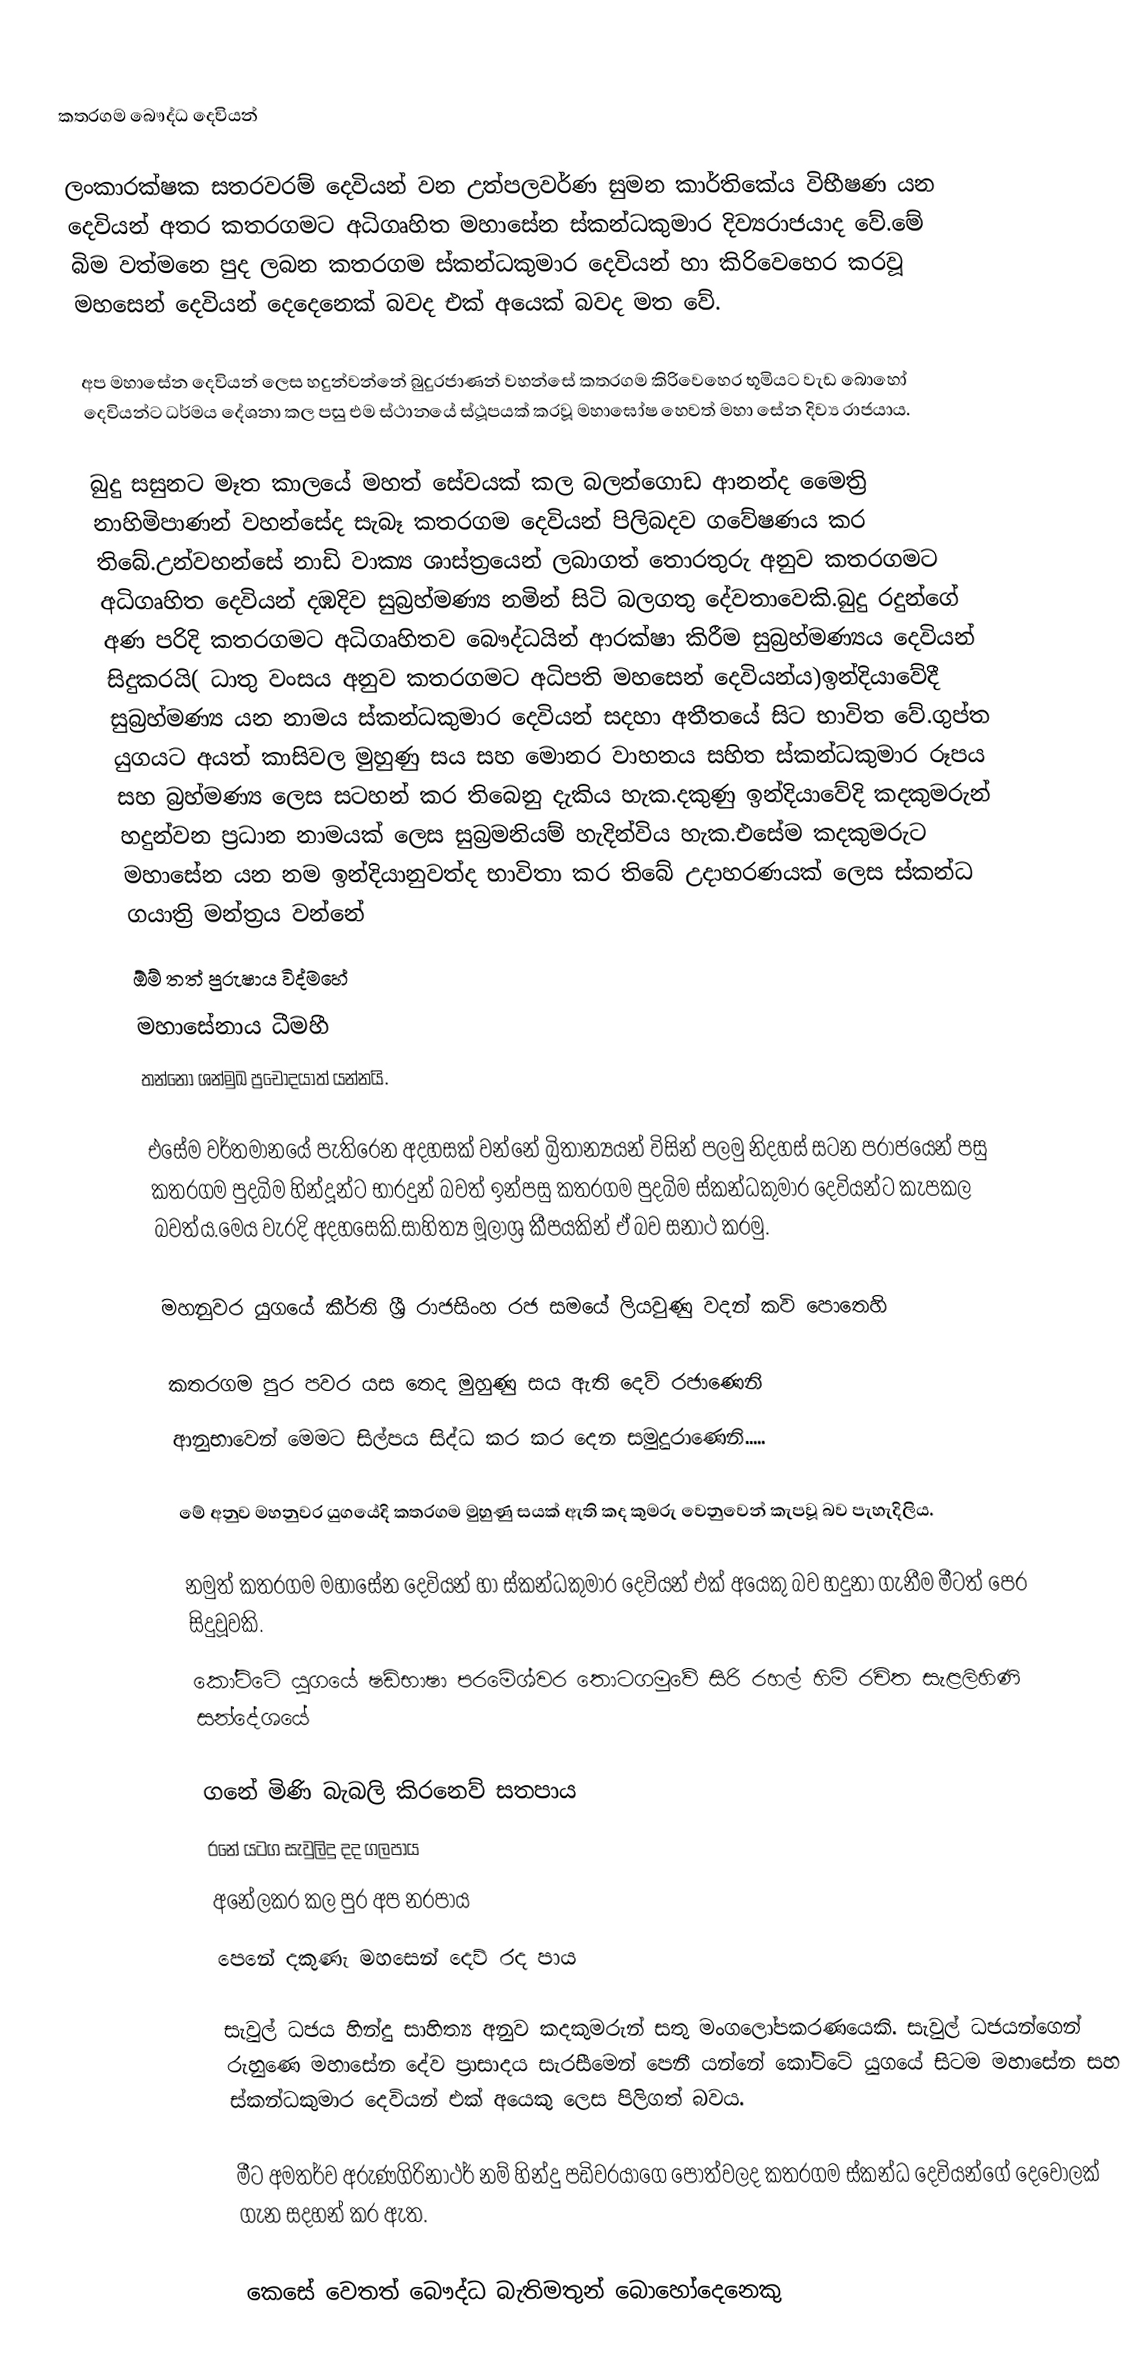
කතරගම බෞද්ධ  දෙවියන්

ලංකාරක්ෂක සතරවරම් දෙවියන් වන උත්පලවර්ණ සුමන කාර්තිකේය විභීෂණ යන දෙවියන් අතර කතරගමට අධිගෘහිත මහාසේන ස්කන්ධකුමාර දිව්‍යරාජයාද වේ.මේ බිම වත්මනෙ පුද ලබන කතරගම ස්කන්ධකුමාර දෙවියන් හා කිරිවෙහෙර කරවූ මහසෙන් දෙවියන් දෙදෙනෙක් බවද එක් අයෙක් බවද මත වේ.

අප මහාසේන දෙවියන් ලෙස හදුන්වන්නේ බුදුරජාණන් වහන්සේ කතරගම කිරිවෙහෙර භූමියට වැඩ බොහෝ දෙවියන්ට ධර්මය දේශනා කල පසු එම ස්ථානයේ ස්ථූපයක් කරවූ මහාඝෝෂ හෙවත් මහා සේන දිව්‍ය රාජයාය.

බුදු සසුනට මෑත කාලයේ මහත් සේවයක් කල බලන්ගොඩ ආනන්ද මෛත්‍රි නාහිමිපාණන් වහන්සේද සැබෑ කතරගම දෙවියන් පිලිබදව ගවේෂණය කර තිබේ.උන්වහන්සේ නාඩි වාක්‍ය ශාස්ත්‍රයෙන් ලබාගත් තොරතුරු අනුව කතරගමට අධිගෘහිත දෙවියන් දඹදිව සුබ්‍රහ්මණ්‍ය නමින් සිටි බලගතු දේවතාවෙකි.බුදු රදුන්ගේ අණ පරිදි කතරගමට අධිගෘහිතව බෞද්ධයින් ආරක්ෂා කිරීම සුබ්‍රහ්මණ්‍යය දෙවියන් සිදුකරයි( ධාතු වංසය අනුව කතරගමට අධිපති මහසෙන් දෙවියන්ය)ඉන්දියාවේදී සුබ්‍රහ්මණ්‍ය යන නාමය ස්කන්ධකුමාර දෙවියන් සදහා අතීතයේ සිට භාවිත වේ.ගුප්ත යුගයට අයත් කාසිවල මුහුණු සය සහ මොනර වාහනය සහිත ස්කන්ධකුමාර රූපය සහ බ්‍රහ්මණ්‍ය ලෙස සටහන් කර තිබෙනු දැකිය හැක.දකුණු ඉන්දියාවේදි කදකුමරුන් හදුන්වන ප්‍රධාන නාමයක් ලෙස සුබ්‍රමනියම් හැදින්විය හැක.එසේම කදකුමරුට මහාසේන යන නම ඉන්දියානුවත්ද භාවිතා කර තිබේ උදාහරණයක් ලෙස ස්කන්ධ ගයාත්‍රි මන්ත්‍රය වන්නේ
ඕම් තත් පුරුෂාය විද්මහේ
මහාසේනාය ධීමහී
තන්නෝ ශන්මුඛ ප්‍රචෝදයාත් යන්නයි.

එසේම වර්තමානයේ පැතිරෙන අදහසක් වන්නේ බ්‍රිතාන්‍යයන් විසින් පලමු නිදහස් සටන පරාජයෙන් පසු කතරගම පුදබිම හින්දූන්ට භාරදුන් බවත් ඉන්පසු කතරගම පුදබිම ස්කන්ධකුමාර දෙවියන්ට කැපකල බවත්ය.මෙය වැරදි අදහසෙකි.සාහිත්‍ය මූලාශ්‍ර කීපයකින් ඒ බව සනාථ කරමු.

මහනුවර යුගයේ කීර්ති ශ්‍රී රාජසිංහ රජ සමයේ ලියවුණු වදන් කවි පොතෙහි

කතරගම පුර පවර යස තෙද මුහුණු සය ඇති දෙව් රජාණෙනි
ආනුභාවෙන් මෙමට සිල්පය සිද්ධ කර කර දෙන සමුදුරාණෙනි.....

මේ අනුව මහනුවර යුගයේදි කතරගම මුහුණු සයක් ඇති කද කුමරු වෙනුවෙන් කැපවූ බව පැහැදිලිය.

නමුත් කතරගම මහාසේන දෙවියන් හා ස්කන්ධකුමාර දෙවියන් එක් අයෙකු බව හදුනා ගැනීම මීටත් පෙර සිදුවූවකි.
කෝට්ටේ යුගයේ ෂඩ්භාෂා පරමේශ්වර තොටගමුවේ සිරි රහල් හිමි රචිත සැළලිහිණි සන්දේශයේ

ගනේ මිණි බැබලි කිරනෙව් සතපාය
රනේ යටග සැවුලිදු දද ගලපාය
අනේලකර කල පුර අප නරපාය
පෙනේ දකුණැ මහසෙන් දෙව්‍ රද පාය

සැවුල් ධජය හින්දු සාහිත්‍ය අනුව කදකුමරුන් සතු මංගලෝපකරණයෙකි. සැවුල් ධජයන්ගෙන් රුහුණෙ මහාසේන දේව ප්‍රාසාදය සැරසීමෙන් පෙනී යන්නේ කෝට්ටේ යුගයේ සිටම මහාසේන සහ ස්කන්ධකුමාර දෙවියන් එක් අයෙකු ලෙස පිලිගත් බවය.

මීට අමතර්ව අරුණගිරිනාථර් නම් හින්දු පඩිවරයාගෙ පොත්වලද කතරගම ස්කන්ධ දෙවියන්ගේ දෙවොලක් ගැන සදහන් කර ඇත.

කෙසේ වෙතත් බෞද්ධ බැතිමතුන් බොහෝදෙනෙකු